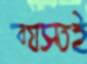
ব্যস্তই